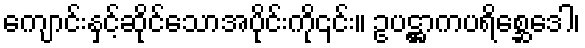
ကျောင်းနှင့်ဆိုင်သောအပိုင်းကို၎င်း။ ဥပဋ္ဌာကပရိစ္ဆေဒေါ၊